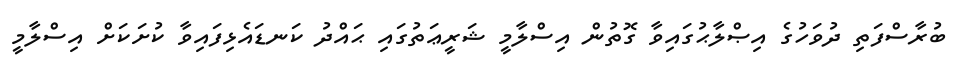
ބުރާސްފަތި ދުވަހުގެ އިޞްލާޙުގައިވާ ގޮތުން އިސްލާމީ ޝަރީޢަތުގައި ޙައްދު ކަނޑައެޅިފައިވާ ކުށަކަށް އިސްލާމީ